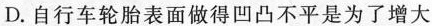
D.自行车轮胎表面做得凹凸不平是为了增大